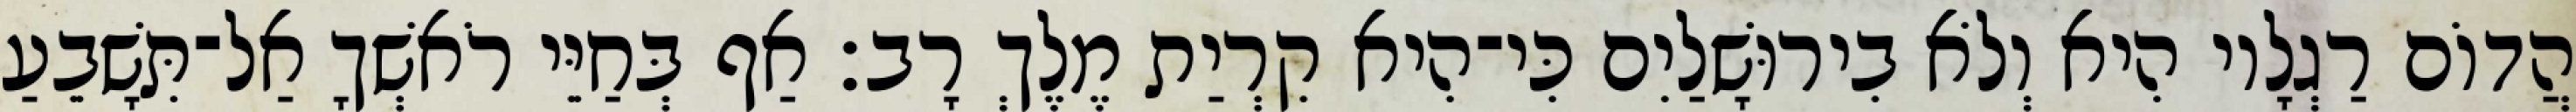
הֲדוֹם רַגְלָיו הִיא וְלֹא בִירוּשָׁלַיִם כִּי־הִיא קִרְיַת מֶלֶךְ רָב׃ אַף בְּחַיֵּי רֹאשְׁךָ אַל־תִּשָׁבֵעַ